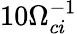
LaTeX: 10\Omega_{ci}^{-1}